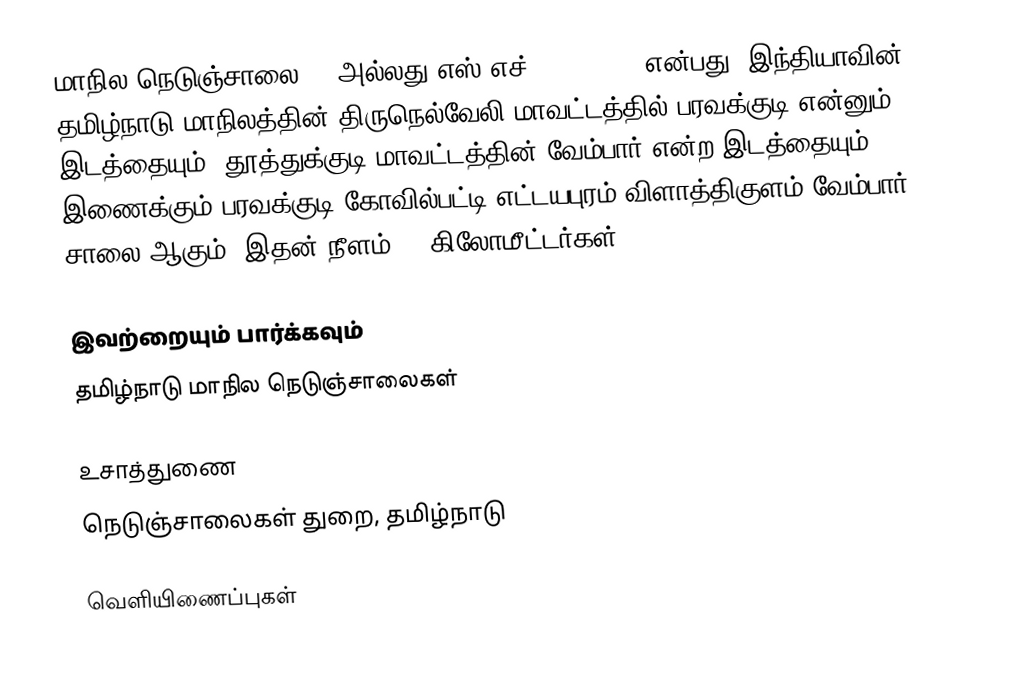
மாநில நெடுஞ்சாலை 44 அல்லது எஸ்.எச்-44 (SH 44) என்பது, இந்தியாவின் தமிழ்நாடு மாநிலத்தின் திருநெல்வேலி மாவட்டத்தில் பரவக்குடி என்னும் இடத்தையும், தூத்துக்குடி மாவட்டத்தின் வேம்பார் என்ற இடத்தையும் இணைக்கும் பரவக்குடி-கோவில்பட்டி-எட்டயபுரம்-விளாத்திகுளம்-வேம்பார் சாலை ஆகும். இதன் நீளம் 95 கிலோமீட்டர்கள் .

இவற்றையும் பார்க்கவும்
 தமிழ்நாடு மாநில நெடுஞ்சாலைகள்

உசாத்துணை
 நெடுஞ்சாலைகள் துறை, தமிழ்நாடு

வெளியிணைப்புகள்